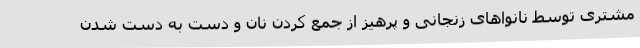
مشتری توسط نانواهای زنجانی و پرهیز از جمع کردن نان و دست به دست شدن